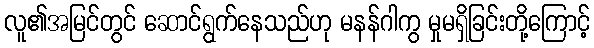
လူ၏အမြင်တွင် ဆောင်ရွက်နေသည်ဟု မနန်ဂါကွ မှုမရှိခြင်းတို့ကြောင့်